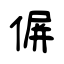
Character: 偋